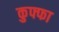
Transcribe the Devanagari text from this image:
कुफ्फा